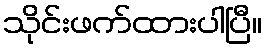
သိုင်းဖက်ထားပါပြီ။